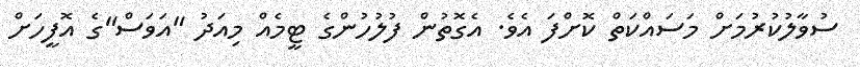
ސުވާލުކުރުމަށް މަސައްކަތް ކޮށްފަ އެވެ. އެގޮތުން ފުލުހުންގެ ޓީމެއް މިއަދު "އަވަސް"ގެ އޮފީހަށް